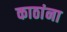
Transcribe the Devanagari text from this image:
काठांना